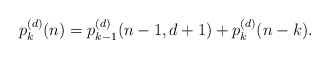
\begin{align*}p^{(d)}_k(n)=p^{(d)}_{k-1}(n-1,d+1)+p^{(d)}_k(n-k).\end{align*}